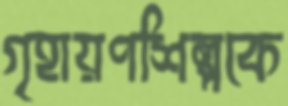
গৃহায়ণশিল্পকে